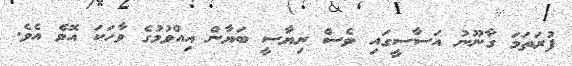
ފުރަތަމަ ގާނޫނު އަސާސީގައި ވެސް ރިޔާސީ ބަޔާން އިއްވުމުގެ ވާހަކަ އޮވެ އެވެ.